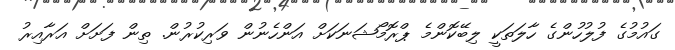
ގައުމުގެ ފުލުހުންގެ ހާލަތަކީ ލިބޭކޮންމެ ޕްރޮމޯޝަނަކަށް އަންހެނުން ވަރިކުރުން. ތިން ފަށަށް އަރާއިރު